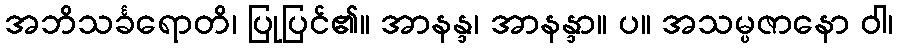
အဘိသင်္ခရောတိ၊ ပြုပြင်၏။ အာနန္ဒ၊ အာနန္ဒာ။ ပ။ အသမ္ပဇာနော ဝါ၊